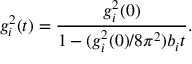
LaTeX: g _ { i } ^ { 2 } ( t ) = { \frac { g _ { i } ^ { 2 } ( 0 ) } { 1 - ( g _ { i } ^ { 2 } ( 0 ) / 8 \pi ^ { 2 } ) b _ { i } t } } .